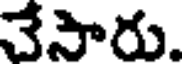
చేసారు.